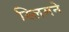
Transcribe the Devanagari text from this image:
स्लिमने